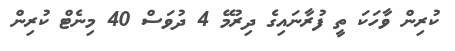
ކުރިން ވާހަކަ ތީ ފުރާނައިގެ ދިރުމޭ 4 ދުވަސް 40 މިނެޓް ކުރިން